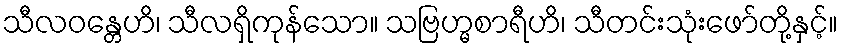
သီလဝန္တေဟိ၊ သီလရှိကုန်သော။ သဗြဟ္မစာရီဟိ၊ သီတင်းသုံးဖော်တို့နှင့်။